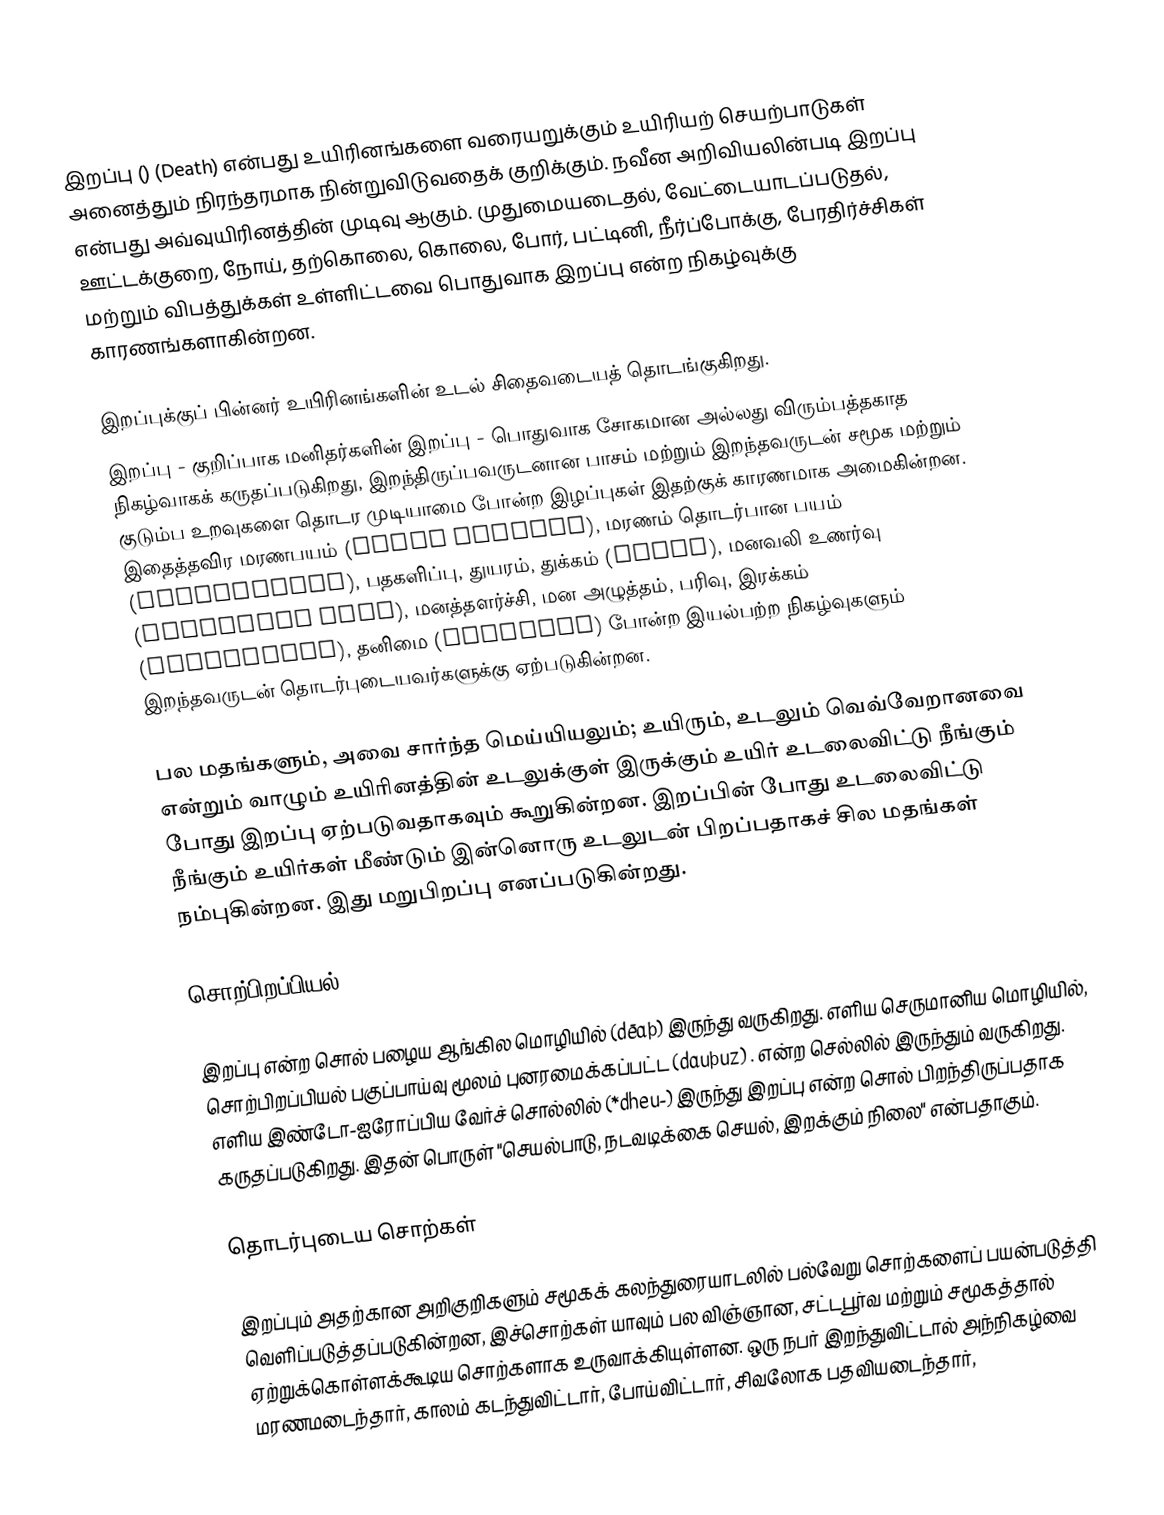
இறப்பு () (Death) என்பது உயிரினங்களை வரையறுக்கும் உயிரியற் செயற்பாடுகள் அனைத்தும் நிரந்தரமாக நின்றுவிடுவதைக் குறிக்கும். நவீன அறிவியலின்படி இறப்பு என்பது அவ்வுயிரினத்தின் முடிவு ஆகும். முதுமையடைதல், வேட்டையாடப்படுதல், ஊட்டக்குறை, நோய், தற்கொலை, கொலை, போர், பட்டினி, நீர்ப்போக்கு, பேரதிர்ச்சிகள் மற்றும் விபத்துக்கள் உள்ளிட்டவை பொதுவாக இறப்பு என்ற நிகழ்வுக்கு காரணங்களாகின்றன.

இறப்புக்குப் பின்னர் உயிரினங்களின் உடல் சிதைவடையத் தொடங்குகிறது.
இறப்பு - குறிப்பாக மனிதர்களின் இறப்பு - பொதுவாக சோகமான அல்லது விரும்பத்தகாத நிகழ்வாகக் கருதப்படுகிறது, இறந்திருப்பவருடனான பாசம் மற்றும் இறந்தவருடன் சமூக மற்றும் குடும்ப உறவுகளை தொடர முடியாமை போன்ற இழப்புகள் இதற்குக் காரணமாக அமைகின்றன. இதைத்தவிர மரணபயம் (Death Anxiety), மரணம் தொடர்பான பயம் (Necrophobia), பதகளிப்பு, துயரம், துக்கம் (Grief), மனவலி உணர்வு (Emotional Pain), மனத்தளர்ச்சி, மன அழுத்தம், பரிவு, இரக்கம் (Compassion), தனிமை (Solitude) போன்ற இயல்பற்ற நிகழ்வுகளும் இறந்தவருடன் தொடர்புடையவர்களுக்கு ஏற்படுகின்றன.

பல மதங்களும், அவை சார்ந்த மெய்யியலும்; உயிரும், உடலும் வெவ்வேறானவை என்றும் வாழும் உயிரினத்தின் உடலுக்குள் இருக்கும் உயிர் உடலைவிட்டு நீங்கும் போது இறப்பு ஏற்படுவதாகவும் கூறுகின்றன. இறப்பின் போது உடலைவிட்டு நீங்கும் உயிர்கள் மீண்டும் இன்னொரு உடலுடன் பிறப்பதாகச் சில மதங்கள் நம்புகின்றன. இது மறுபிறப்பு எனப்படுகின்றது.

சொற்பிறப்பியல்

இறப்பு  என்ற சொல் பழைய ஆங்கில மொழியில் (dēaþ) இருந்து வருகிறது. எளிய செருமானிய மொழியில், சொற்பிறப்பியல் பகுப்பாய்வு மூலம் புனரமைக்கப்பட்ட (dauþuz) . என்ற செல்லில் இருந்தும் வருகிறது. எளிய இண்டோ-ஐரோப்பிய வேர்ச் சொல்லில் (*dheu-)  இருந்து இறப்பு என்ற சொல் பிறந்திருப்பதாக கருதப்படுகிறது. இதன் பொருள்  "செயல்பாடு, நடவடிக்கை செயல், இறக்கும் நிலை" என்பதாகும்.

தொடர்புடைய சொற்கள்

இறப்பும் அதற்கான அறிகுறிகளும்  சமூகக்  கலந்துரையாடலில் பல்வேறு சொற்களைப்  பயன்படுத்தி வெளிப்படுத்தப்படுகின்றன, இச்சொற்கள் யாவும் பல விஞ்ஞான, சட்டபூர்வ மற்றும் சமூகத்தால்  ஏற்றுக்கொள்ளக்கூடிய சொற்களாக உருவாக்கியுள்ளன. ஒரு நபர் இறந்துவிட்டால் அந்நிகழ்வை மரணமடைந்தார், காலம் கடந்துவிட்டார், போய்விட்டார், சிவலோக பதவியடைந்தார்,